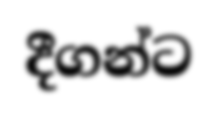
දීගන්ට